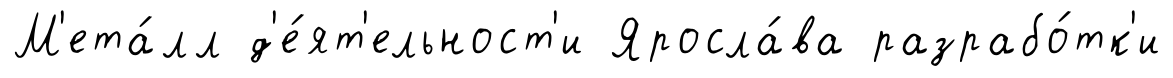
М'ета́лл д'е́ят'ельност'и Яросла́ва разрабо́тк'и